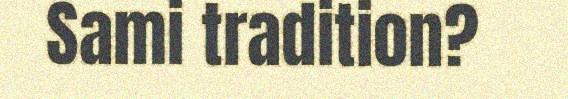
Sami tradition?